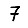
Digit: 7